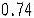
0.74